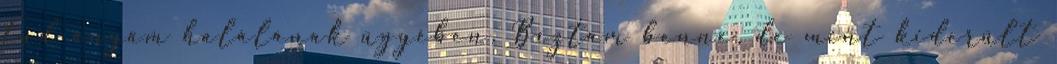
tud anyám halálának ügyében. Bíztam benne, de mint kiderült